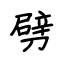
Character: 劈